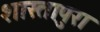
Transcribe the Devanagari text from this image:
शास्तापुरा